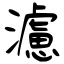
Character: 濾